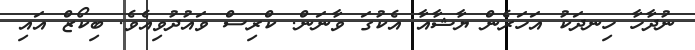
ނުދާހާ ހިނދަކު އަހަރެން ޔާޝާއާ އެކުގަ ވާނަން. ކްރިސް ވައުދުވިއެވެ. ބިކޯޒް އައި